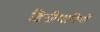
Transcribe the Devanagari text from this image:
डिग्रीधारियों